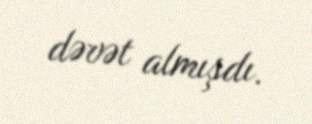
dəvət almışdı.